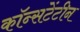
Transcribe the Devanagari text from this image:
कॉन्सटेंटीन